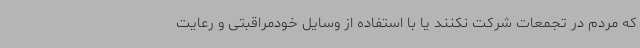
که مردم در تجمعات شرکت نکنند یا با استفاده از وسایل خودمراقبتی و رعایت